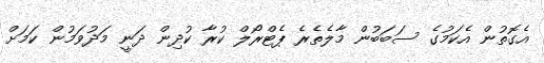
އެގޮތުން އެކަމުގެ ސަބަބުން މާލެތެރެ ޕެޓްރޯލް ކުރާ ކުދިން ދަނީ މަދުވަމުން ކަމަށް